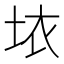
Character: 𱖨